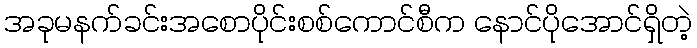
အခုမနက်ခင်းအစောပိုင်းစစ်ကောင်စီက နောင်ပိုအောင်ရှိတဲ့